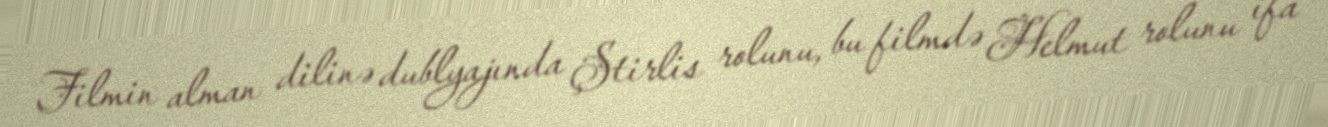
Filmin alman dilinə dublyajında Ştirlis rolunu, bu filmdə Helmut rolunu ifa